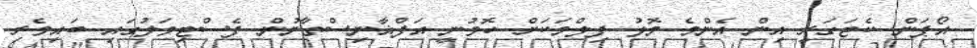
އޯޕަން ކެޓަގަރީ އިން އެންމެ މޮޅު ފިލްމަކަށް ހޮވުނީ އަފްޣާނިސްތާނުން ފެސްޓިވަލުގައި ބައިވެރި